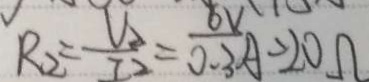
R _ { 2 } = \frac { V _ { 2 } } { I _ { 2 } } = \frac { 6 V } { 0 . 3 } A = 2 0 \Omega